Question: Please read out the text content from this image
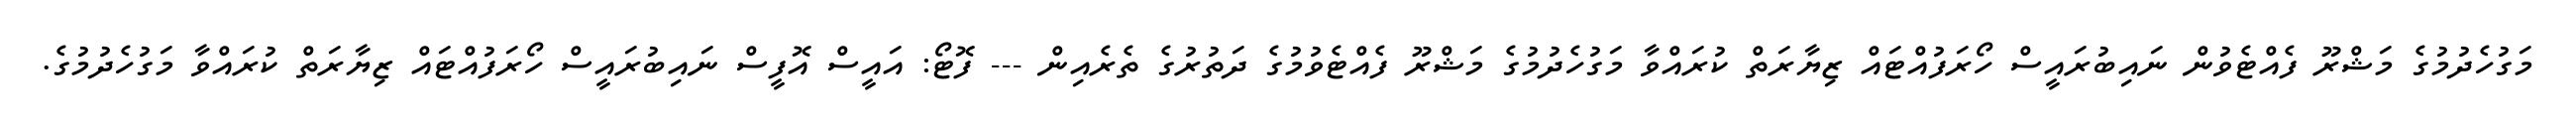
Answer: މަގުހެދުމުގެ މަޝްރޫ ފެއްޓެވުން ނައިބުރައީސް ހޯރަފުއްޓައް ޒިޔާރަތް ކުރައްވާ މަގުހެދުމުގެ މަޝްރޫ ފެއްޓެވުމުގެ ދަތުރުގެ ތެރެއިން --- ފޮޓޯ: އައީސް އޮފީސް ނައިބުރައީސް ހޯރަފުއްޓައް ޒިޔާރަތް ކުރައްވާ މަގުހެދުމުގެ.